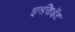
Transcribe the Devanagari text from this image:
इनसिडेंट